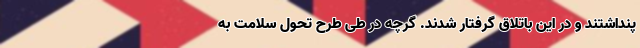
پنداشتند و در این باتلاق گرفتار شدند. گرچه در طی طرح تحول سلامت به